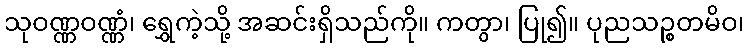
သုဝဏ္ဏဝဏ္ဏံ၊ ရွှေကဲ့သို့ အဆင်းရှိသည်ကို။ ကတွာ၊ ပြု၍။ ပုညသဉ္စတမိဝ၊